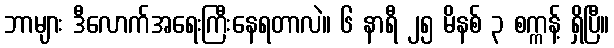
ဘာများ ဒီလောက်အရေးကြီးနေရတာလဲ။ ၆ နာရီ ၂၅ မိနစ် ၃ စက္ကန့် ရှိပြီ။